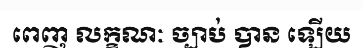
ពេញ លក្ខណៈ ច្បាប់ បាន ឡើយ